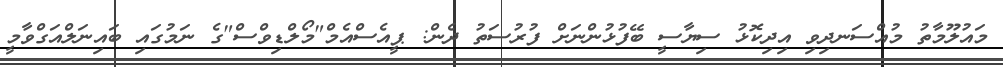
މައުލޫމާތު މުއްސަނދިވި އިދިކޮޅު ސިޔާސީ ބޭފުޅުންނަށް ފުރުސަތު ދެން: ޕީއެސްއެމް"މޯލްޑިވްސް"ގެ ނަމުގައި ބައިނަލްއަގްވާމީ